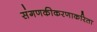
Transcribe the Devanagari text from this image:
संगणकीकरणाकरिता